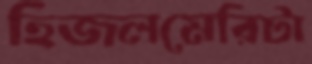
হিজলমেরিটা